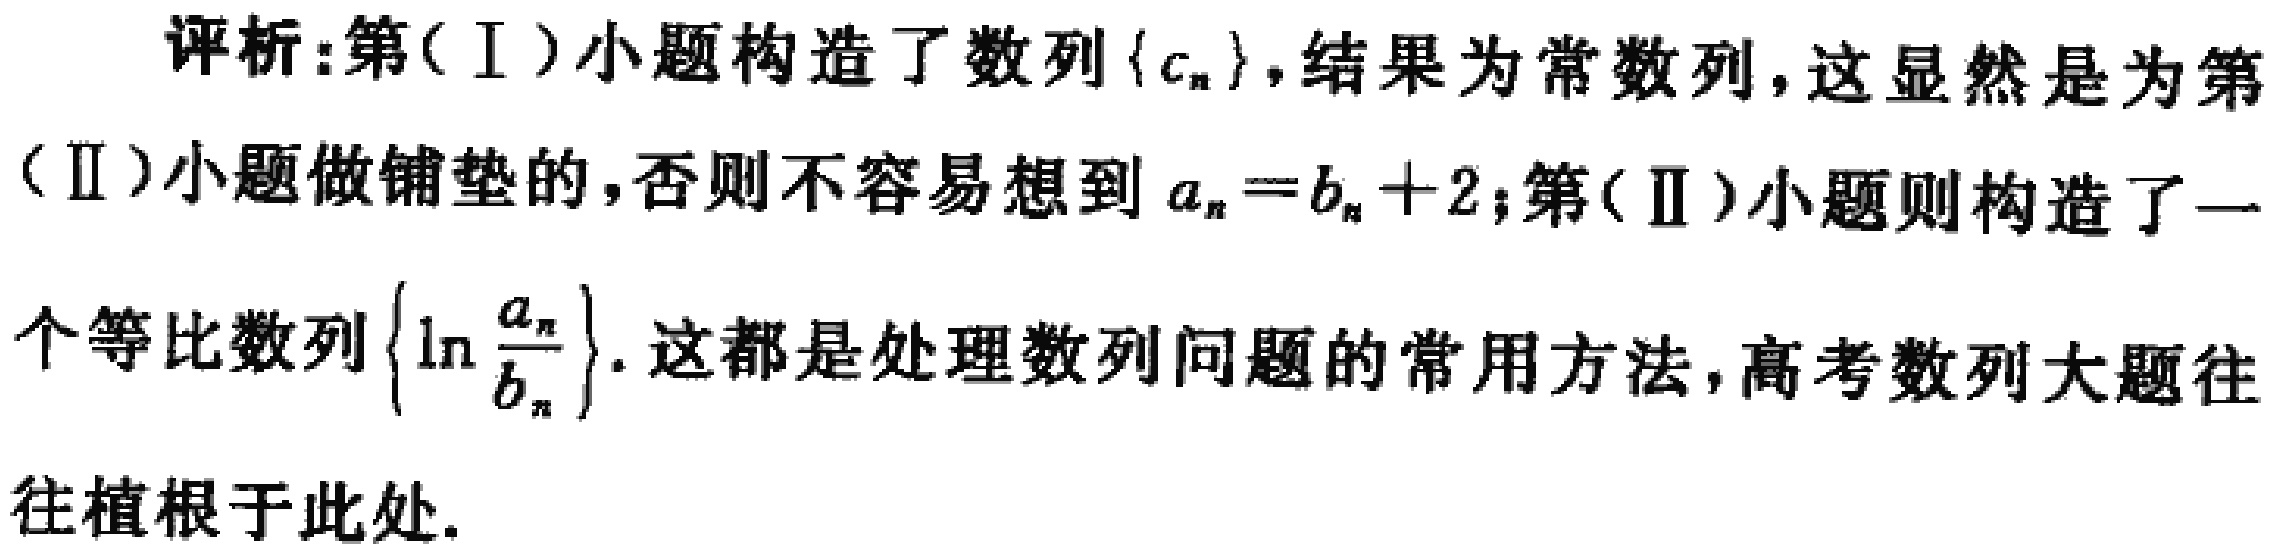
评析:第(Ⅰ)小题构造了数列\(\{c_{n}\}\),结果为常数列,这显然是为第(Ⅱ)小题做铺垫的,否则不容易想到\(a_{n}=b_{n}+2\);第(Ⅱ)小题则构造了一个等比数列\(\left\{\ln\frac{a_{n}}{b_{n}}\right\}\).这都是处理数列问题的常用方法,高考数列大题往往植根于此处.